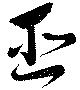
巫